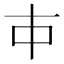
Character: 𰀉